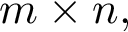
m \times n ,